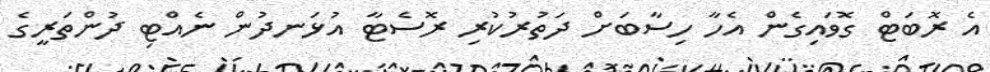
އެ ރޮބަޓް ގޮވައިގެން އެހާ ހިސާބަށް ދަތުރުކުރި ރޮސެޓާ އުޅަނދުން ނެއްޓި ދުންތަރީގެ